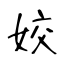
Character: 姣